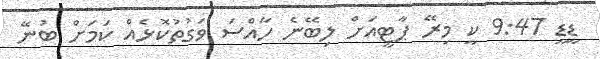
ޑީޑީ 9:47 ކީ މިރޭ ޕާޓީއަށް ލިބޭނެ ހާއްސަ ވަގުތުކޮޅެއް ކަމަށް ބުނޭ